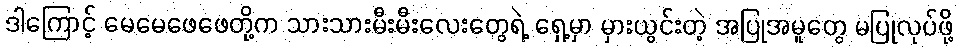
ဒါကြောင့် မေမေဖေဖေတို့က သားသားမီးမီးလေးတွေရဲ့ ရှေ့မှာ မှားယွင်းတဲ့ အပြုအမူတွေ မပြုလုပ်ဖို့